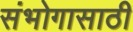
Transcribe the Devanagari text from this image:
संभोगासाठी